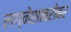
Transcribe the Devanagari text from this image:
लग्नेशाबरोबर